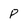
Character: p